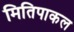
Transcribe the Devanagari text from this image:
मितिपाकल